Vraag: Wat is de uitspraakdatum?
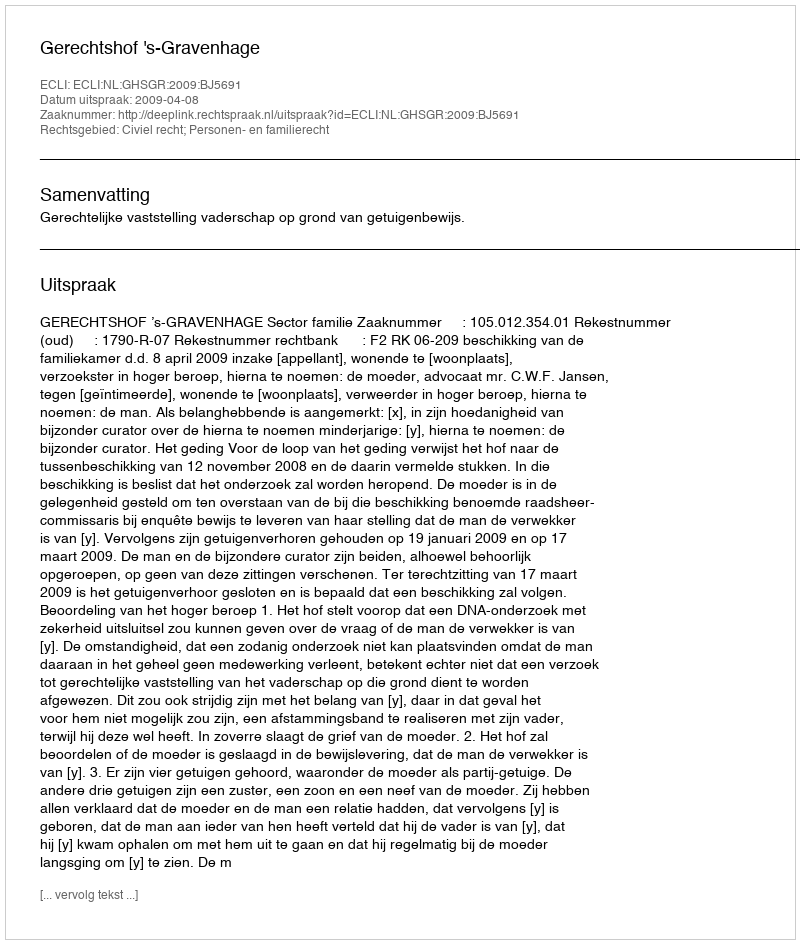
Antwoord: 2009-04-08